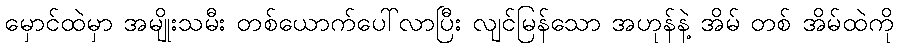
မှောင်ထဲမှာ အမျိုးသမီး တစ်ယောက်ပေါ်လာပြီး လျင်မြန်သော အဟုန်နဲ့ အိမ် တစ် အိမ်ထဲကို